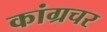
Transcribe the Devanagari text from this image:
कांग्रचर